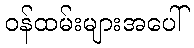
ဝန်ထမ်းများအပေါ်